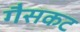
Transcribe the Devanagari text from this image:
गैसकट